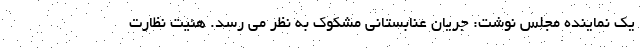
یک نماینده مجلس نوشت: جریان عنابستانی مشکوک به نظر می رسد. هئیت نظارت